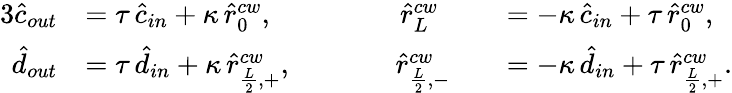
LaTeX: \begin{array}{rlrl}{{3}\hat{c}_{out}}&{=\tau\, \hat{c}_{in}+\kappa\, \hat{r}_{0}^{cw},\; \; \; \; \; \; \; \; \; \; \; \; \; \; \; \; \hat{r}_{L}^{cw}}&&{=-\kappa\, \hat{c}_{in}+\tau\, \hat{r}_{0}^{cw},}\\ {\hat{d}_{out}}&{=\tau\, \hat{d}_{in}+\kappa\, \hat{r}_{\frac{L}{2},+}^{cw},\; \; \; \; \; \; \; \; \; \; \; \; \; \hat{r}_{\frac{L}{2},-}^{cw}}&&{=-\kappa\, \hat{d}_{in}+\tau\, \hat{r}_{\frac{L}{2},+}^{cw}.}\end{array}